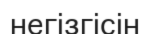
негізгісін